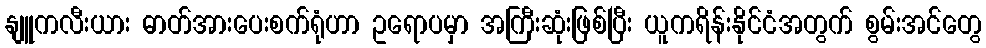
နျူကလီးယား ဓာတ်အားပေးစက်ရုံဟာ ဥရောပမှာ အကြီးဆုံးဖြစ်ပြီး ယူကရိန်းနိုင်ငံအတွက် စွမ်းအင်တွေ